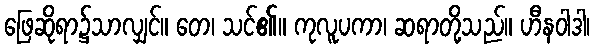
ဖြေဆိုရာ၌သာလျှင်။ တေ၊ သင်၏။ ကုလူပကာ၊ ဆရာတို့သည်။ ဟီနဝါဒါ၊